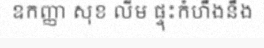
ឧកញ្ញា សុខ លីម ផ្ទុះកំហឹងនឹង